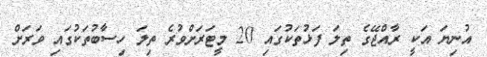
އުނިޔަ އަކީ ރާއްޖޭގެ ތިލަ ފަޅުތަކުގައި 20 މީޓަރަށްވުރެ ތިލަ ހިސާބުތަކުގައި ވަރަށް